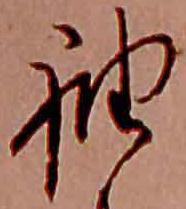
袖